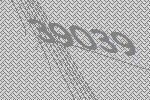
39039